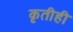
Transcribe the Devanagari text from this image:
कृतीही